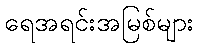
ရေအရင်းအမြစ်များ